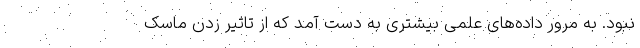
نبود. به مرور داده‌های علمی بیشتری به دست آمد که از تاثیر زدن ماسک